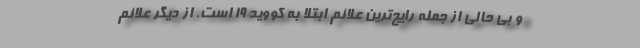
و بی حالی از جمله رایج‌ترین علائم ابتلا به کووید ۱۹ است. از دیگر علائم